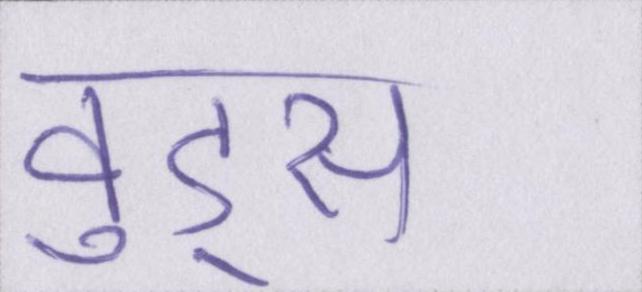
वुड्स